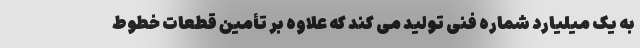
به یک میلیارد شماره فنی تولید می کند که علاوه بر تأمین قطعات خطوط